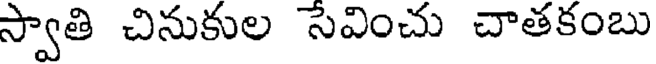
స్వాతి చినుకుల సేవించు చాతకంబు